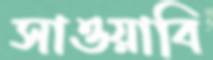
সাওয়াবি